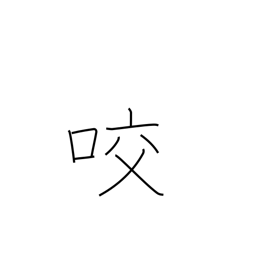
Meaning: gear with